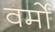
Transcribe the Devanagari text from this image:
वर्मों